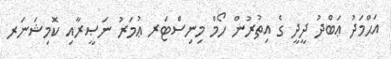
އަޙްމަދު ޢަބްދު ދީދީ ގެ އިތުރުން ހޯމް މިނިސްޓަރ ޢުމަރު ނަޞީރާއި ކޮމިޝަނަރ